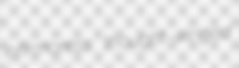
infirmaress thought-winged